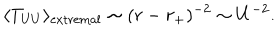
\langle T _ { U U } \rangle _ { \mathrm { e x t r e m a l } } \sim ( r - r _ { + } ) ^ { - 2 } \sim U ^ { - 2 } .